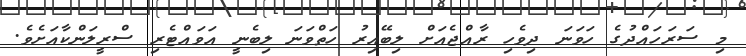
މި ސަރަހައްދުގެ ހަވަނަ ދިވެހި ރާއްޖެއަށް ލިބޭއިރު ހަތްވަނަ ލިބެނީ އަވައްޓެރި ސްރީލަންކާއަށެވެ.